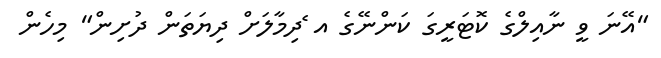
"އޭނަ ވީ ނާއިލްގެ ކޮޓަރީގަ ކަންނޭގެ އ ެދިމާލަށް ދިޔަތަން ދުށިން" މިހެން